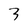
Character: 3